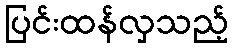
ပြင်းထန်လှသည့်